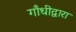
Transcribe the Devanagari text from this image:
गाँधीद्वारा